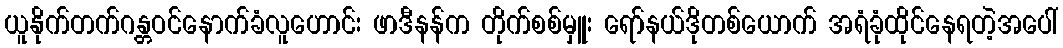
ယူနိုက်တက်ဂန္တဝင်နောက်ခံလူဟောင်း ဖာဒီနန်က တိုက်စစ်မှူး ရော်နယ်ဒိုတစ်ယောက် အရံခုံထိုင်နေရတဲ့အပေါ်